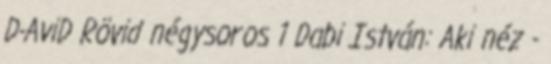
D-AviD Rövid négysoros 1 Dabi István: Aki néz -